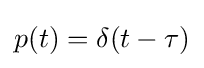
p(t)=\delta (t-\tau )